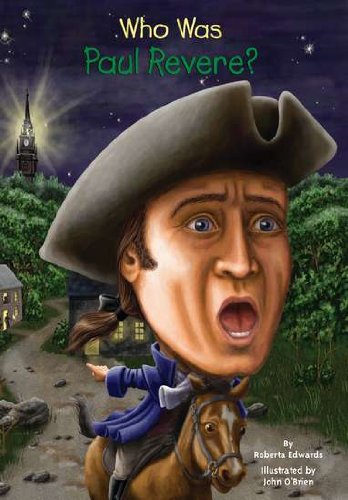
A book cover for Who Was Paul Revere?; Roberta Edwards; Children's Books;